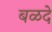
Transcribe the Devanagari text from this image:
बळदे